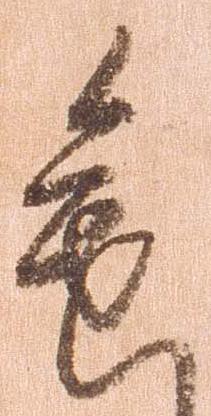
進